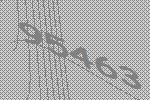
95463